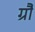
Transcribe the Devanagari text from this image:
ग्रौ